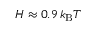
{ \displaystyle H \approx 0 . 9 \, k _ { \mathrm { B } } T }